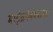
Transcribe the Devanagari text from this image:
माईक्रोबब्बलस